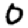
Digit: 0